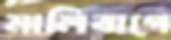
মালিবাগে